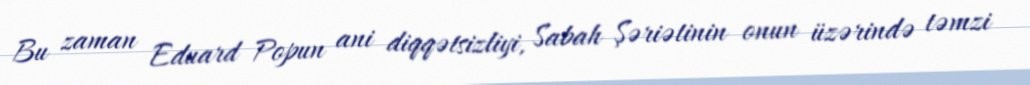
Bu zaman Eduard Popun ani diqqətsizliyi, Sabah Şəriətinin onun üzərində təmzi